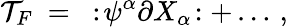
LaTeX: {\cal T}_{F}~=~:\! \psi^{\alpha}\partial X_{\alpha}\! :+\dots\, ,